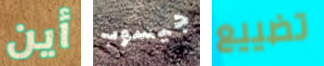
أين جيسوب تضييع